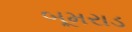
બૂમરાડ